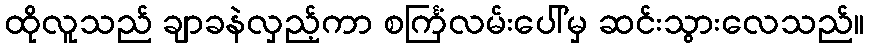
ထိုလူသည် ချာခနဲလှည့်ကာ စင်္ကြံလမ်းပေါ်မှ ဆင်းသွားလေသည်။